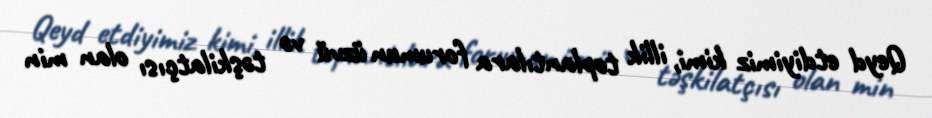
Qeyd etdiyimiz kimi, illik toplantılara forumun üzvü və təşkilatçısı olan min